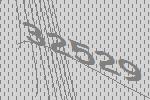
32529